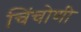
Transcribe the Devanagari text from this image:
चिंचोणी